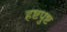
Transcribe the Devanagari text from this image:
हष्टपुष्ट